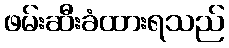
ဖမ်းဆီးခံထားရသည်